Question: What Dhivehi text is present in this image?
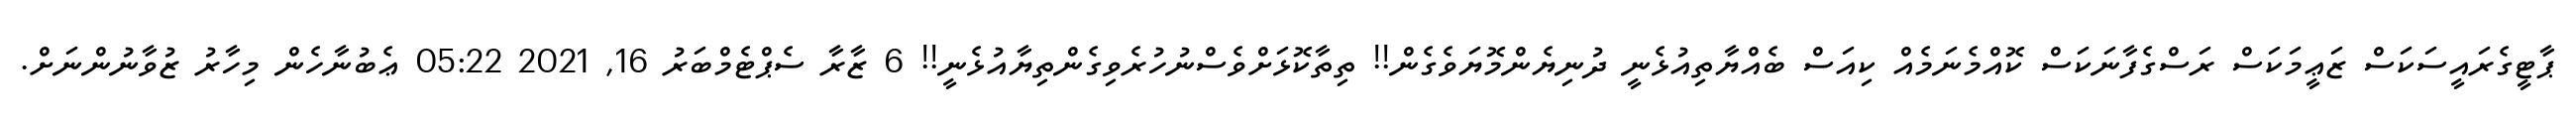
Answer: ޕާޓީގެރައީސަކަސް ޒަޢީމަކަސް ރަސްގެފާނަކަސް ކޮއްމެނަމެއް ކިއަސް ބެއްޔާތިއުޅެނީ ދުނިޔެންމޮޔަވެގެން!! ތިތާކޮޅަށްވެސްނުހުރެވިގެންތިޔާއުޅެނީ!! 6 ޒާރާ ސެޕްޓެމްބަރު 16, 2021 05:22 ޢެބުނާހެން މިހާރު ޒުވާނުންނަށް.